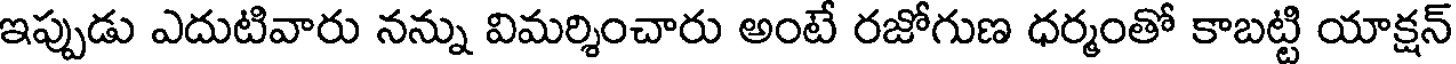
ఇప్పుడు ఎదుటివారు నన్ను విమర్శించారు అంటే రజోగుణ ధర్మంతో కాబట్టి యాక్షన్